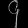
Digit: ၄